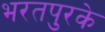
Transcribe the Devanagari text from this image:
भरतपुरके